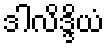
ဒါလိဒ္ဒိယံ